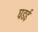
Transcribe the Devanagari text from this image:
घडई